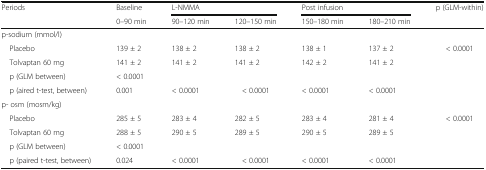
| <ROWSPAN=2> Periods | Baseline | <COLSPAN=2> L-NMMA | <COLSPAN=2> Post infusion | <ROWSPAN=2> p (GLM-within) |
 | 0–90 min | 90–120 min | 120–150 min | 150–180 min | 180–210 min |
 | --- | --- | --- | --- | --- | --- | --- |
 | <COLSPAN=7> p-sodium (mmol/l) |
 | Placebo | 139 ± 2 | 138 ± 2 | 138 ± 2 | 138 ± 1 | 137 ± 2 | <ROWSPAN=2> < 0.0001 |
 | Tolvaptan 60 mg | 141 ± 2 | 141 ± 2 | 141 ± 2 | 142 ± 2 | 141 ± 2 |
 | p (GLM between) | < 0.0001 |  |  |  |  |  |
 | p (aired t-test, between) | 0.001 | < 0.0001 | < 0.0001 | < 0.0001 | < 0.0001 |  |
 | <COLSPAN=7> p- osm (mosm/kg) |
 | Placebo | 285 ± 5 | 283 ± 4 | 282 ± 5 | 283 ± 4 | 281 ± 4 | <ROWSPAN=2> < 0.0001 |
 | Tolvaptan 60 mg | 288 ± 5 | 290 ± 5 | 289 ± 5 | 290 ± 5 | 289 ± 5 |
 | p (GLM between) | < 0.0001 |  |  |  |  |  |
 | p (paired t-test, between) | 0.024 | < 0.0001 | < 0.0001 | < 0.0001 | < 0.0001 |  |